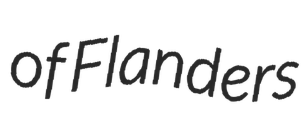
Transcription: of Flanders